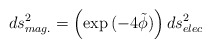
\begin{align*}ds^{2}_{mag.} = \left ( \exp{(-4\tilde \phi)}\right ) ds^{2}_{elec}\end{align*}